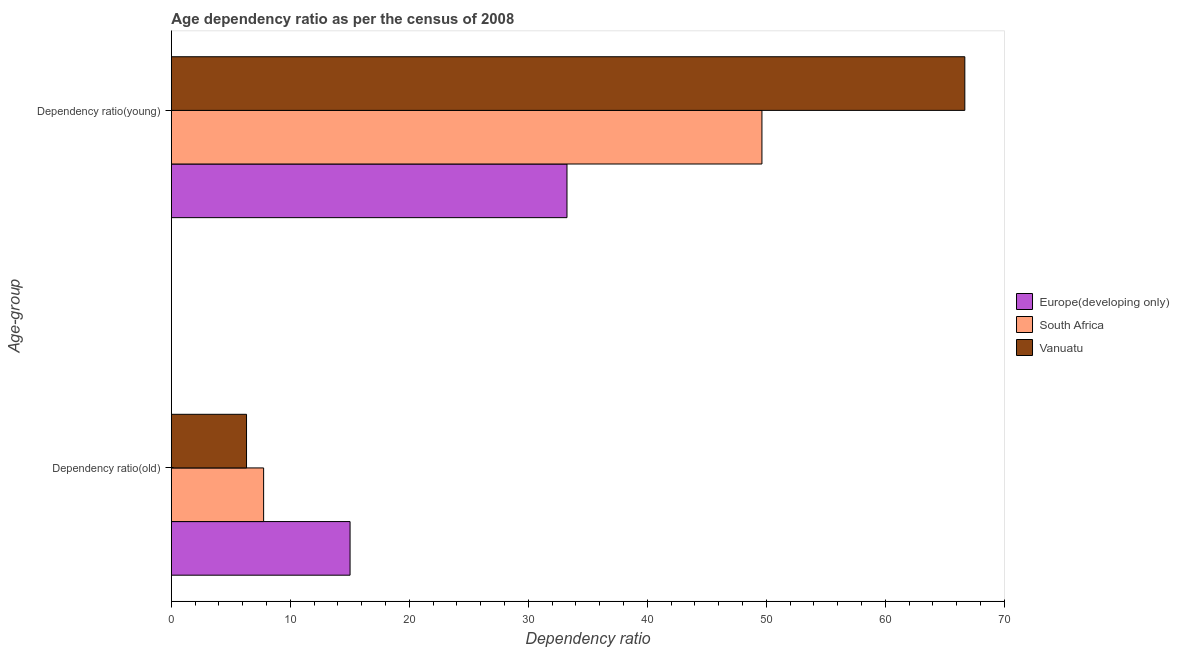
| Age-group | Europe(developing only) | South Africa | Vanuatu |
 | --- | --- | --- | --- |
 | Dependency ratio(old) | 15 | 7.75 | 6.32 |
 | Dependency ratio(young) | 33.3 | 49.6 | 66.7 |